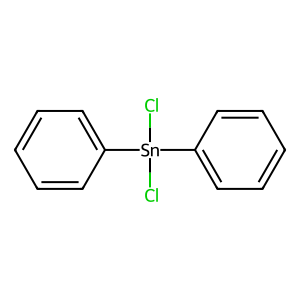
SMILES: Cl[Sn](Cl)(c1ccccc1)c1ccccc1
Inhibits HIV replication: No